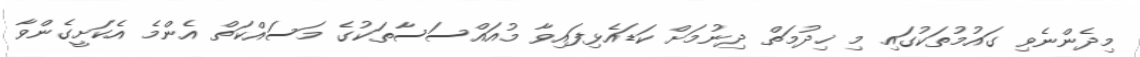
މިދެންނެވި ގައުމުތަކުގައި މި ޚިދުމަތް ދިނުމަށް ކަޑައެޅިފައިވާ މުއައްސަސާތަކުގެ މަސައްކަތް އެންމެ އެކަށީގެންވާ